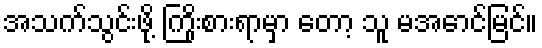
အသက်သွင်းဖို့ ကြိုးစားရာမှာ တော့ သူ မအောင်မြင်။